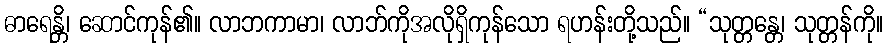
ဓာရေန္တိ၊ ဆောင်ကုန်၏။ လာဘကာမာ၊ လာဘ်ကိုအလိုရှိကုန်သော ရဟန်းတို့သည်။ “သုတ္တန္တေ၊ သုတ္တန်ကို။